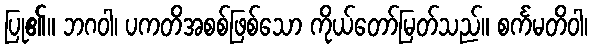
ပြု၏။ ဘဂဝါ၊ ပကတိအစစ်ဖြစ်သော ကိုယ်တော်မြတ်သည်။ စင်္ကမတိဝါ၊